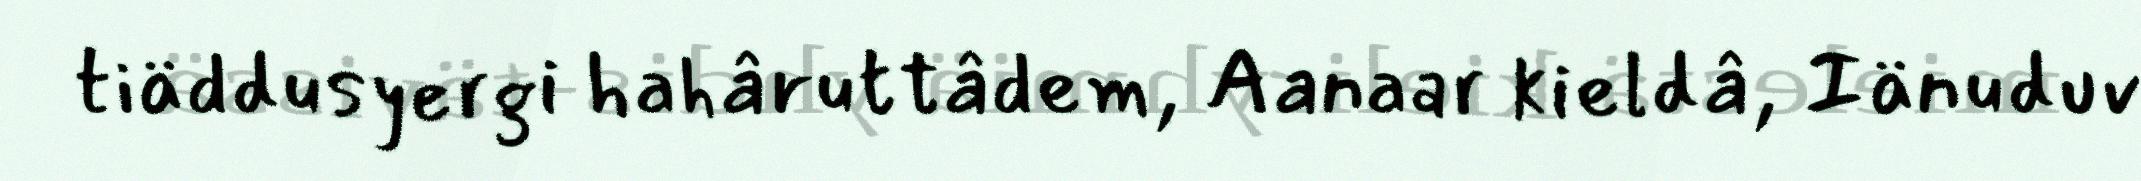
tiäddusyergi hahâruttâdem, Aanaar kieldâ, Iänuduv